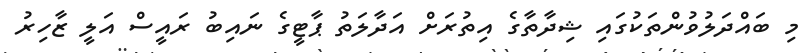
މި ބައްދަލުވުންތަކުގައި ޝިދާތާގެ އިތުރަށް އަދާލަތު ޕާޓީގެ ނައިބު ރައީސް އަލީ ޒާހިރު